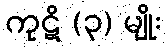
ကုဋိ (၃) မျိုး